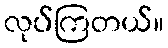
လုပ်ကြတယ်။